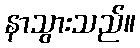
နာသွားသည်။